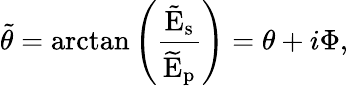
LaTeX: \tilde{\theta}=\arctan\left(\frac{\tilde{\mathrm{E}}_{\mathrm{s}}}{\widetilde{\mathrm{E}}_{\mathrm{p}}}\right)=\theta+i\Phi,